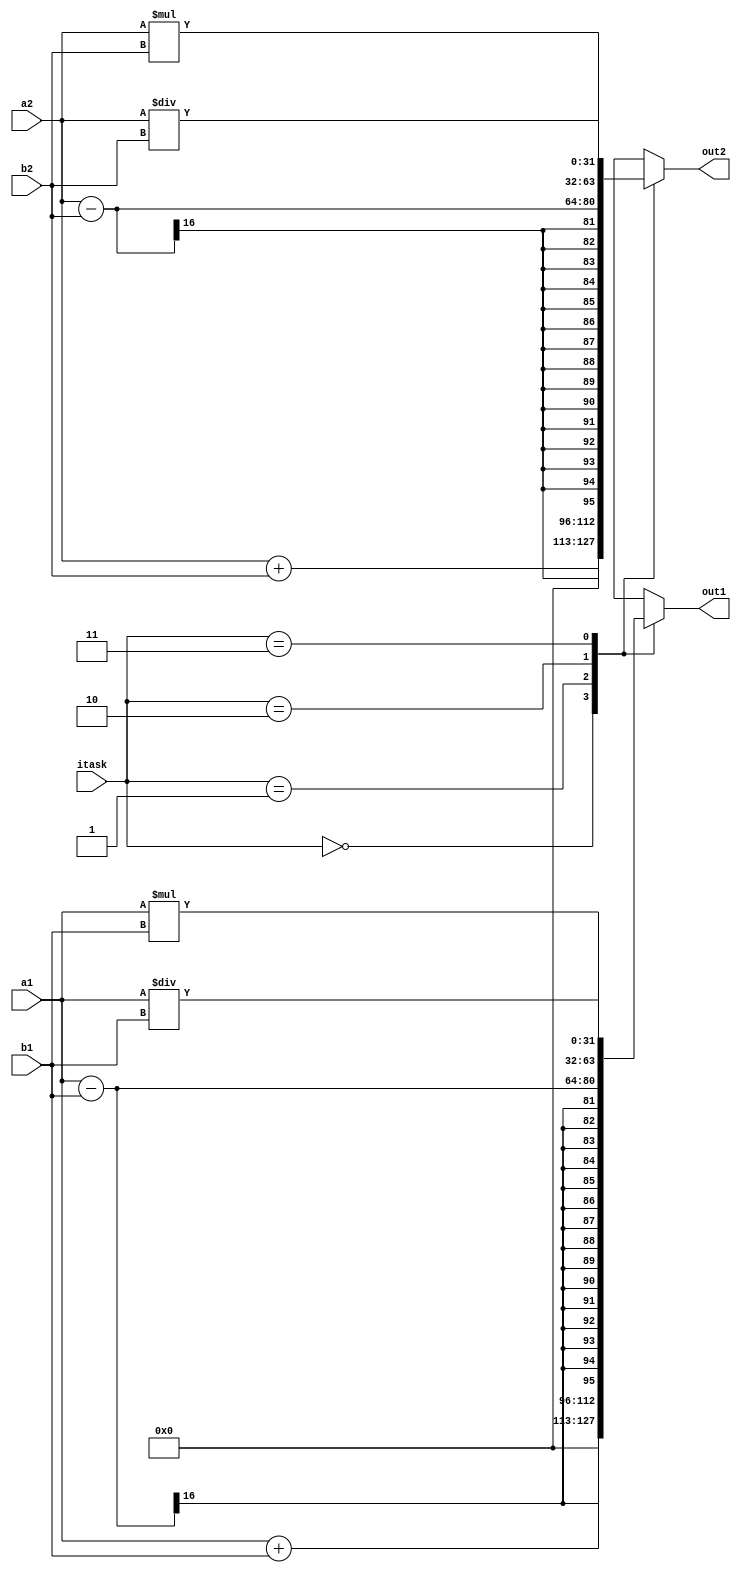
module AU(a1,a2,b1,b2,itask,out1,out2);
input [15:0] a1,a2,b1,b2;
input [1:0] itask;
output reg [31:0] out1,out2;

parameter [1:0] SUM = 0, SUB = 1, MUL = 2, DIV = 3;

always @(a1,a2,b1,b2,itask)begin
	case(itask)
		SUM: begin 	out1 = a1 + b1;
					out2 = a2 + b2;
			end
		SUB: begin 	out1 = a1 - b1;
					out2 = a2 - b2;
			end
		MUL: begin 	out1 = a1 * b1;
					out2 = a2 * b2;		
			end
		DIV: begin 	out1 = a1 / b1;
					out2 = a2 / b2;
			end
	endcase
end
endmodule